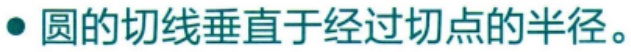
圆的切线垂直于经过切点的半径。